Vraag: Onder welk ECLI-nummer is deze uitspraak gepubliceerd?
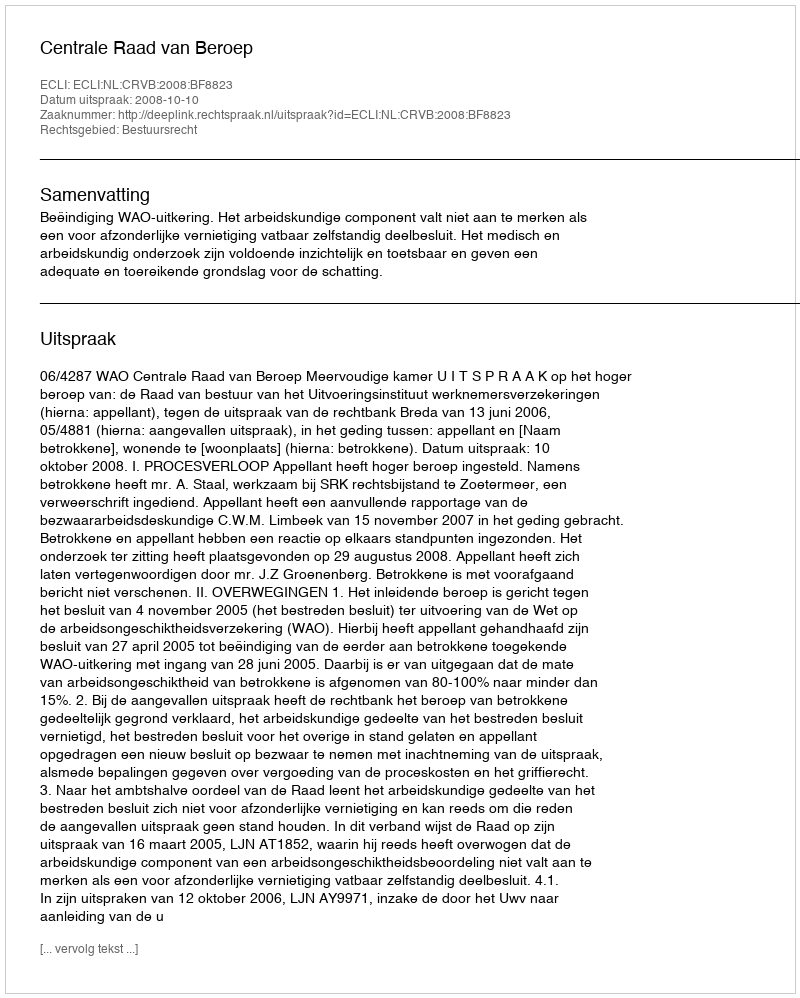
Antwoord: ECLI:NL:CRVB:2008:BF8823